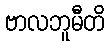
ဗာလဘူမီတိ